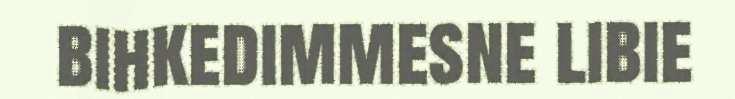
bihkedimmesne libie